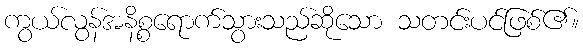
ကွယ်လွန်အနိစ္စရောက်သွားသည်ဆိုသော သတင်းပင်ဖြစ်၏။